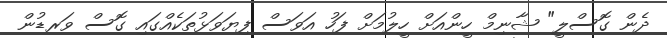
ދެން ގޮސްލީ" ޝާނިމް ހީންއަށް ހީލުމަށް ފަހު އަވަސް ފިޔަވަޅުތަކެއްގައި ގޮސް ވަރޑުން